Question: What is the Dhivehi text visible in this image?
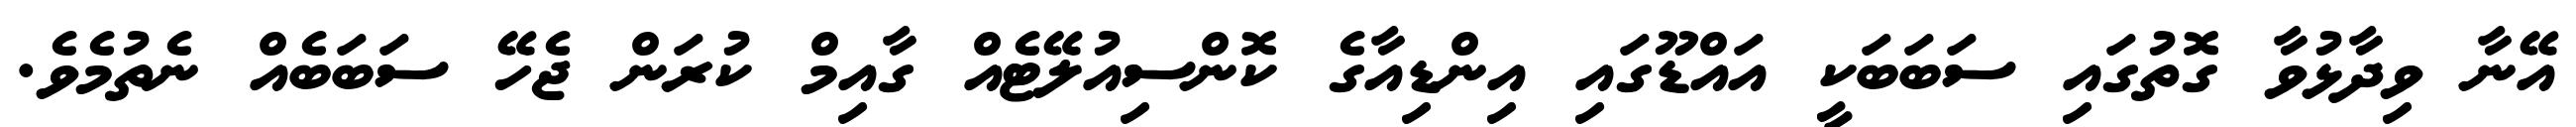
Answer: އޭނާ ވިދާޅުވާ ގޮތުގައި ސަބަބަކީ އައްޑޫގައި އިންޑިއާގެ ކޮންސިއުލޭޓެއް ގާއިމް ކުރަން ޖެހޭ ސަބަބެއް ނެތުމެވެ.